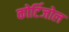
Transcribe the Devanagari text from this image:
कोर्टिजोल